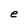
Character: e